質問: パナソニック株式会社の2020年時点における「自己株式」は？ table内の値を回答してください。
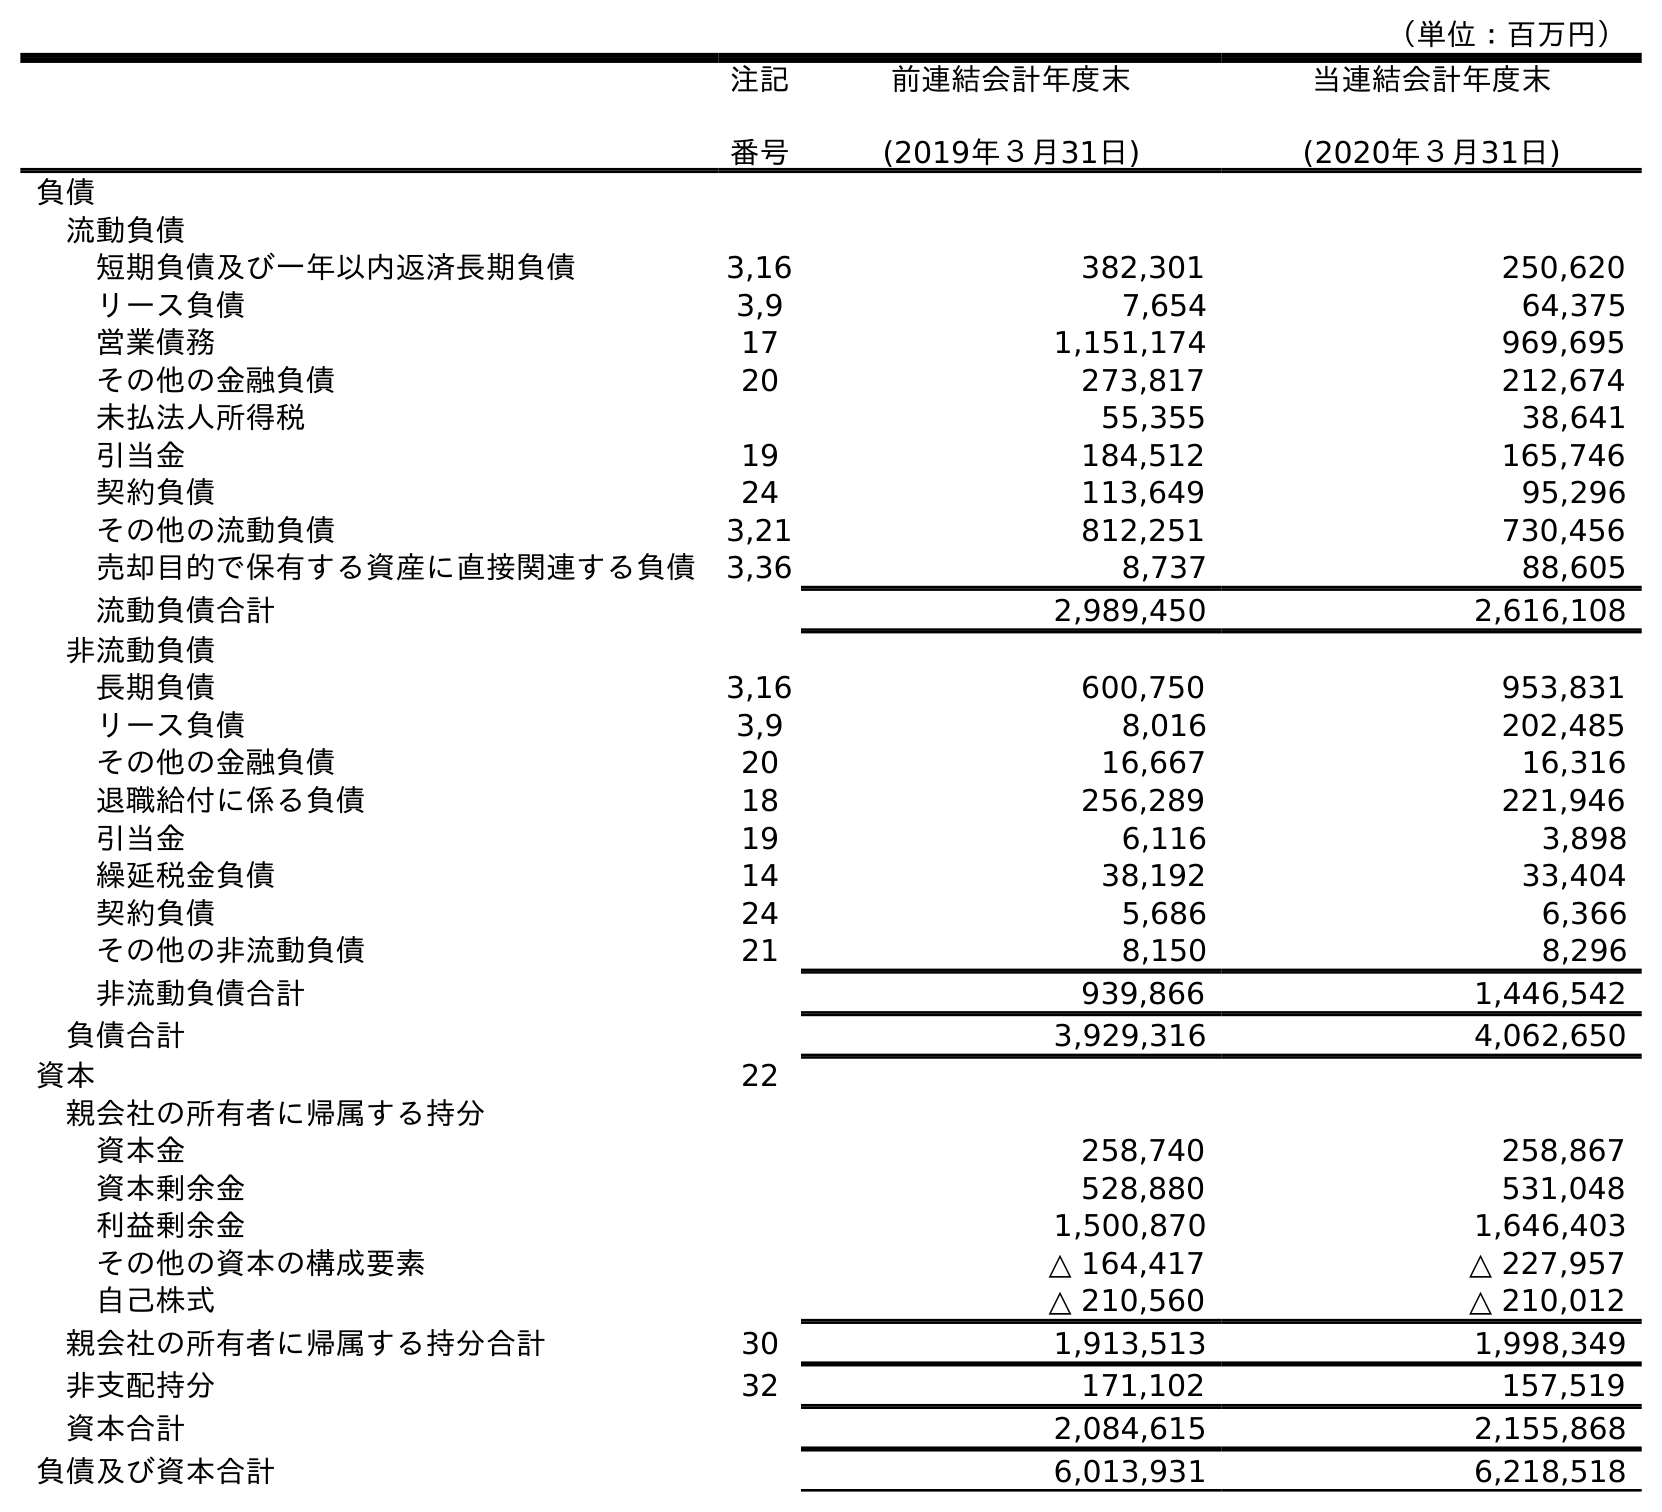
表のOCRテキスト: （単位：百万円） 注記 番号 前連結会計年度末 (2019年３月31日) 当連結会計年度末 (2020年３月31日) 負債 流動負債 短期負債及び一年以内返済長期負債 3,16 382,301 250,620 リース負債 3,9 7,654 64,375 営業債務 17 1,151,174 969,695 その他の金融負債 20 273,817 212,674 未払法人所得税 55,355 38,641 引当金 19 184,512 165,746 契約負債 24 113,649 95,296 その他の流動負債 3,21 812,251 730,456 売却目的で保有する資産に直接関連する負債 3,36 8,737 88,605 流動負債合計 2,989,450 2,616,108 非流動負債 長期負債 3,16 600,750 953,831 リース負債 3,9 8,016 202,485 その他の金融負債 20 16,667 16,316 退職給付に係る負債 18 256,289 221,946 引当金 19 6,116 3,898 繰延税金負債 14 38,192 33,404 契約負債 24 5,686 6,366 その他の非流動負債 21 8,150 8,296 非流動負債合計 939,866 1,446,542 負債合計 3,929,316 4,062,650 資本 22 親会社の所有者に帰属する持分 資本金 258,740 258,867 資本剰余金 528,880 531,048 利益剰余金 1,500,870 1,646,403 その他の資本の構成要素 △ 164,417 △ 227,957 自己株式 △ 210,560 △ 210,012 親会社の所有者に帰属する持分合計 30 1,913,513 1,998,349 非支配持分 32 171,102 157,519 資本合計 2,084,615 2,155,868 負債及び資本合計 6,013,931 6,218,518
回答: △210,012